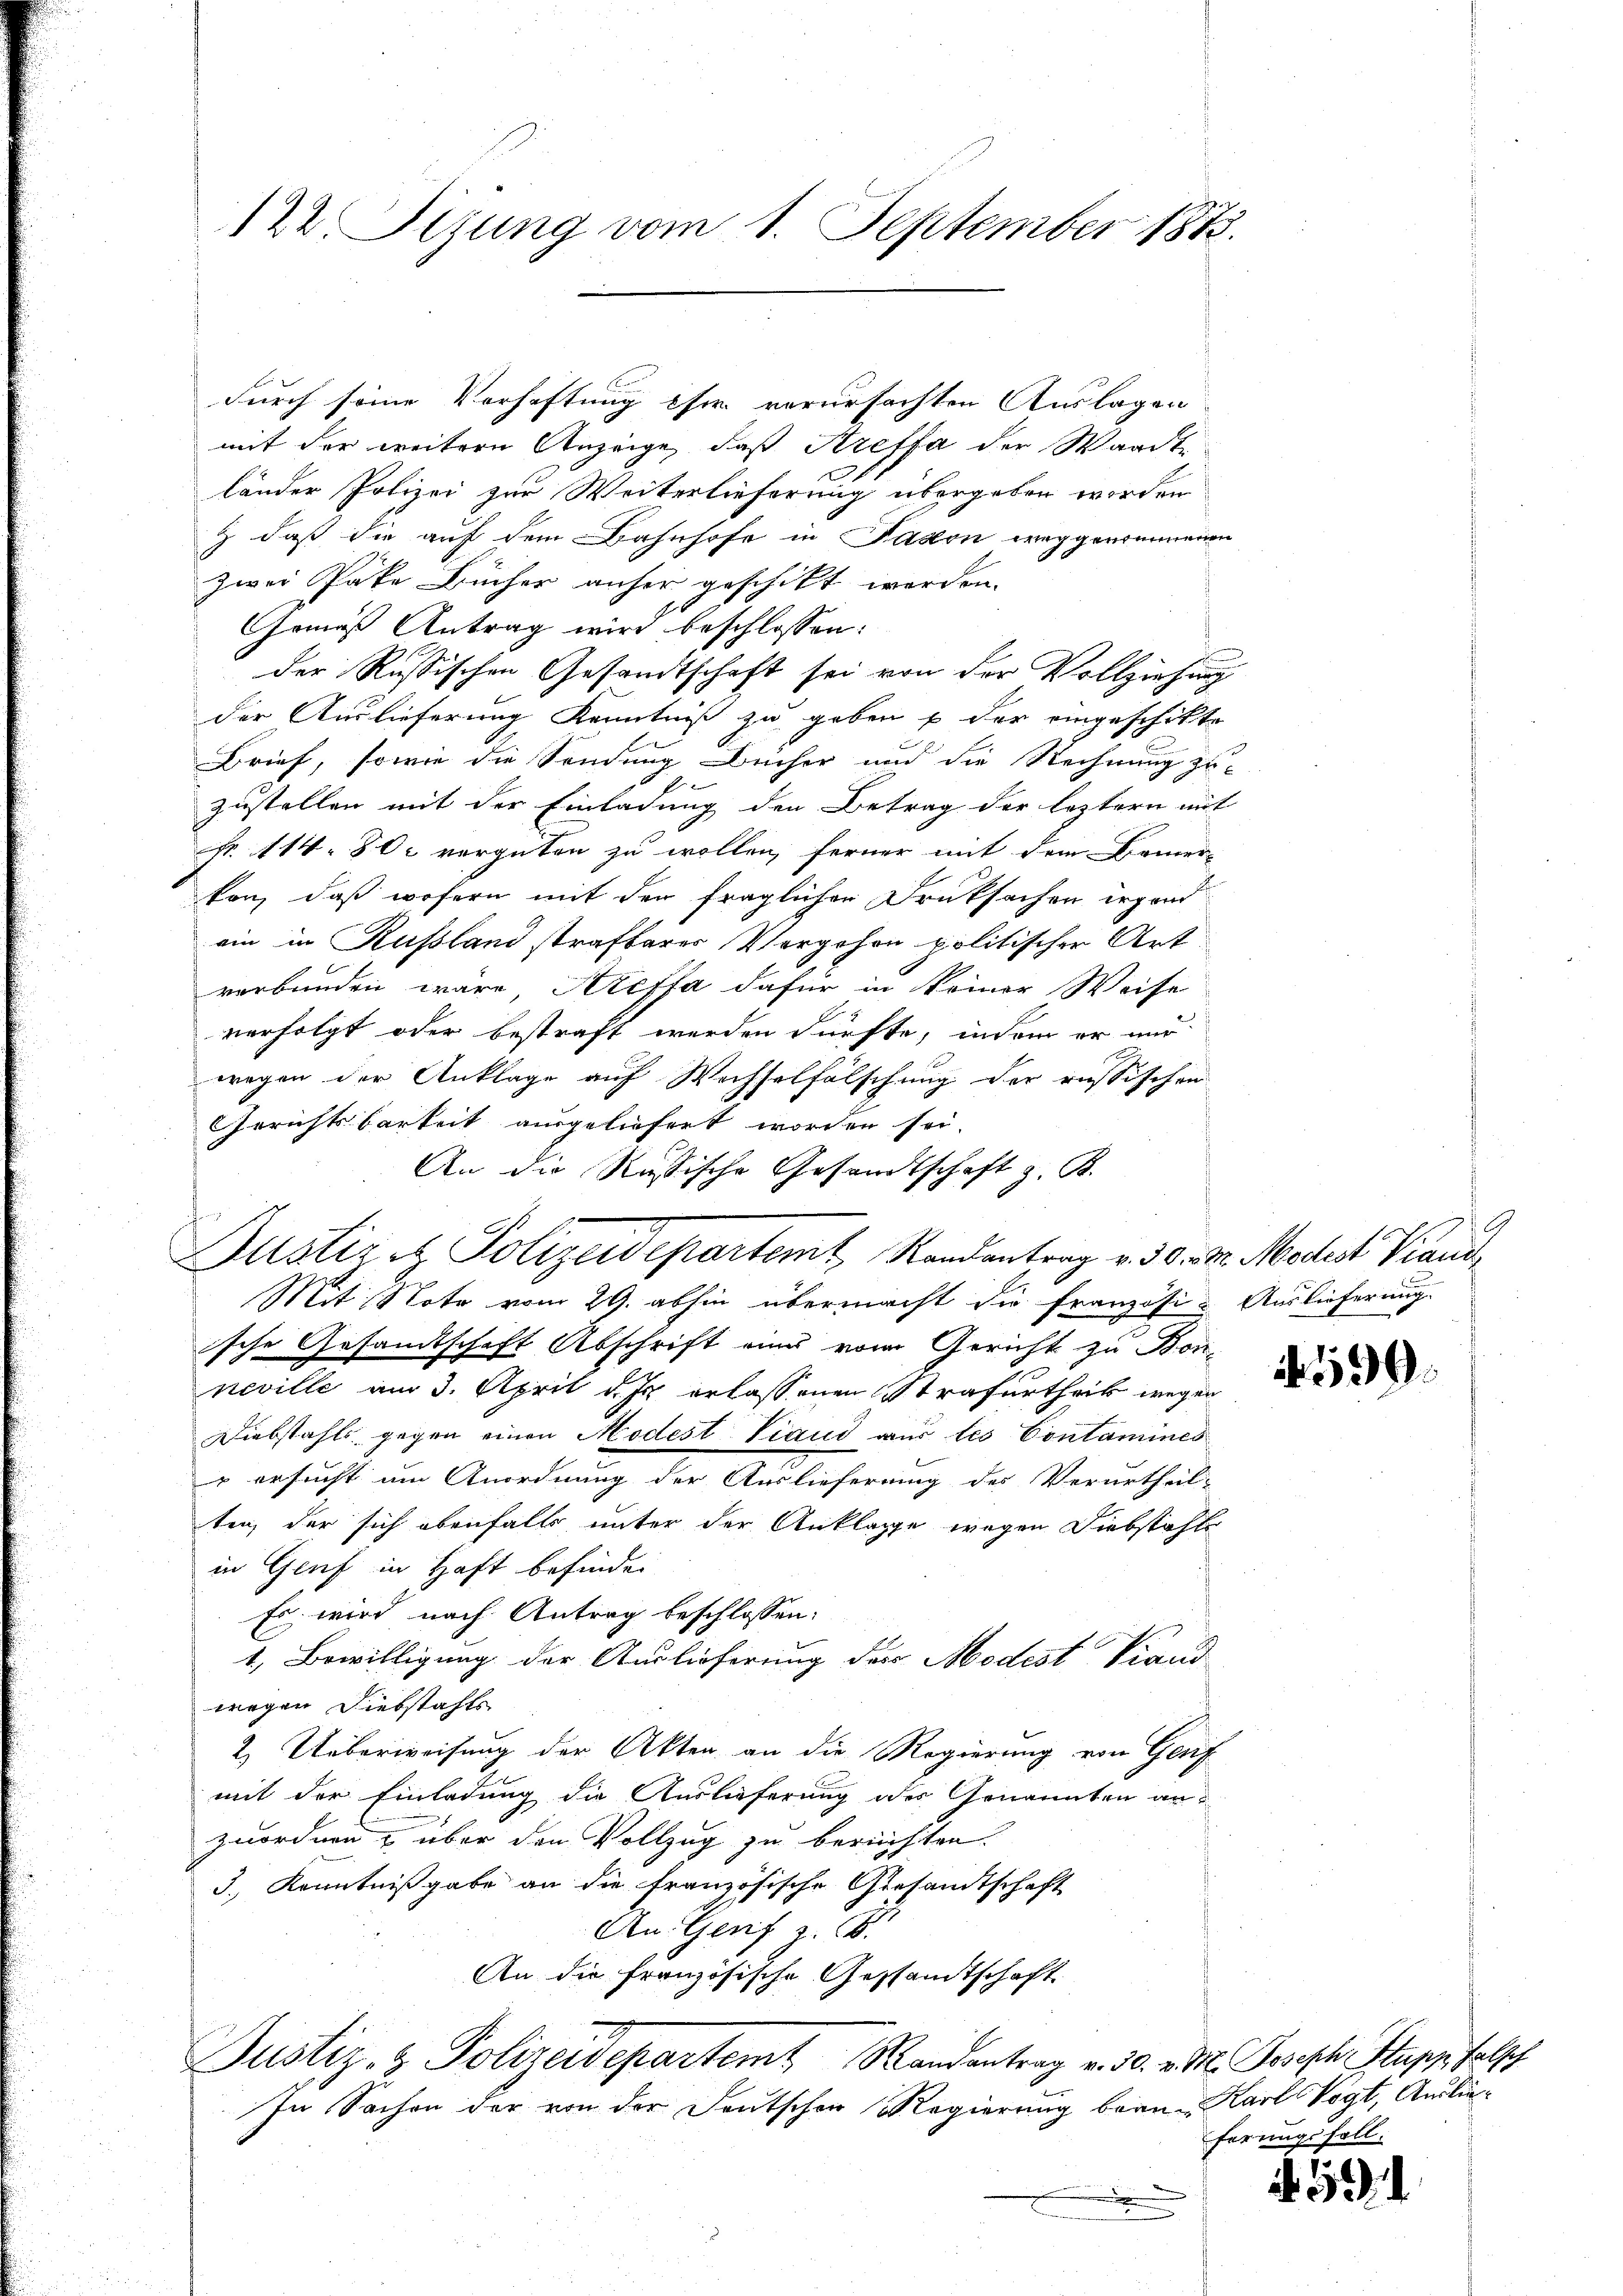
122 Sizung vom 1. September 1873.

durch seine Verhaftung eher verursachten Auslagen
mit der weitere Anzeige, daß Kreffa der Waadt
länder Polizei zur Weiterlieferung übergeben worden
& daß die auf dem Bahnhofe in Paston weggenommenen
zwei Pake Bücher anher geschikt werden.
Gemäß Antrag wird beschlossen:
der Russischen Gesandtschaft sei von der Vollziehung
der Auslieferung Kenntniß zu geben u der eingeschikte
Brief, sowie die Sondung Bücher und die Rechnung zu-
zustellen mit der Einladung der Betrag der leztern mit
Fr. 114. 80c vergüten zu wollen, ferner mit dem Bemer-
kan, daß wofern mit den fraglichen Druksachen irgend
ein in Russland strafbares Vergehen politischer Art
verbunden wäre, Areffa dafür in keiner Weise
verfolgt oder bestraft werden dürfte, indem er nur
wegen der Anklage auf Wechselfälschung der russischen
Gerichtsbarkeit ausgeliefert worden sei.
An die Russische Gesandtschaft z. B.
sche Gesandtschaft Abschrift eines vom Gericht zu Bonneville am 3. April d. Js. erlassenen Strafurtheils wegen
Diebstahls gegen einen Modest Viaud aus les Contamines
" ersucht um Anordnung der Auslieferung des Verurtheil-
ten, der sich ebenfalls unter der Anklage wegen Diebstahle
in Genf in Haft befinden
Es wird nach Antrag beschlossen:
1. Bewilligung der Auslieferung des Modest Stand
wegen Diebstahls
2.) Ueberweisung der Akten an die Regierung von Genf
mit der Einladung die Auslieferung des Genannten anzuordnen & über den Vollzug zu berechten.
3.) Kenntnißgabe an die französische Gesandtschaft
An Genf z. B.
An die französische Gesandtschaft
Justiz- & Polizeidepartem Randantrag v. 30. v. M. Joseph Stupp, falsch
In Sachen der von der Deutschen Regierung bern Karl Vogt, Auslie¬
.

Justiz & Polizeidepartemt, Randantrag v. 30. d. Medest Brand
Mit Note vom 29. abhin übermacht die Französi- Auslieferung.

1599.

ferungsfall.

591